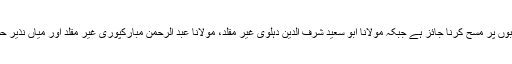
مولانا ثناء اللہ امرتسری غیر مقلد کے نزدیک جرابوں پر مسح کرنا جائز ہے جبکہ مولانا ابو سعید شرف الدین دہلوی غیر مقلد، مولانا عبد الرحمن مبارکپوری غیر مقلد اور میاں نذیر حسین غیر مقلد کے ہاں جائز نہیں، ملاحظہ فرمائیں۔